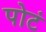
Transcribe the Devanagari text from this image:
पोटं